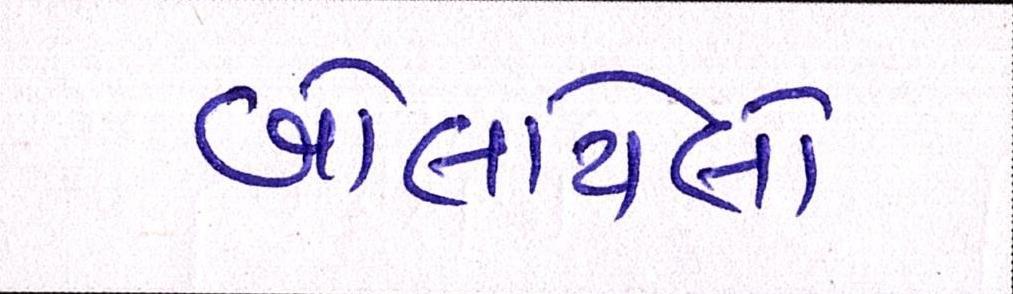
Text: બોલાયેલો